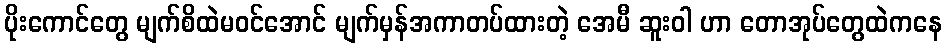
ပိုးကောင်တွေ မျက်စိထဲမဝင်အောင် မျက်မှန်အကာတပ်ထားတဲ့ အေမီ ဆူးဝါ ဟာ တောအုပ်တွေထဲကနေ